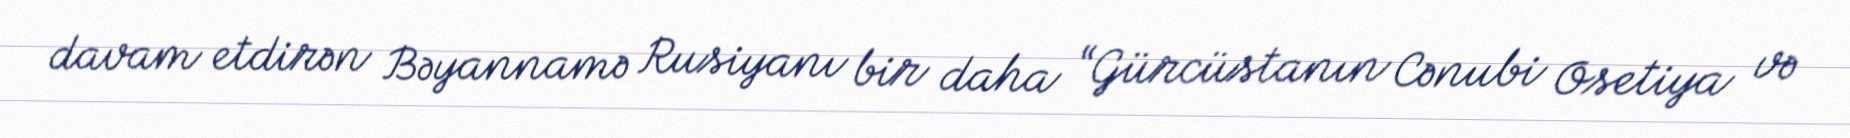
davam etdirən Bəyannamə Rusiyanı bir daha “Gürcüstanın Cənubi Osetiya və